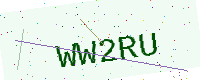
Text: WW2RU